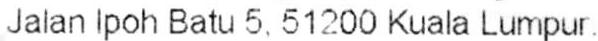
JALAN IPOH BATU 5. 51200 KUALA LUMPUR